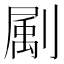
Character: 㔉